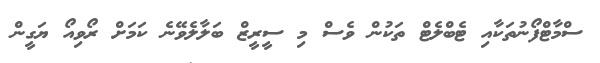
ސްމާޓްފޯނުތަކާއި ޓެބްލެޓް ތަކުން ވެސް މި ސީރީޒް ބަލާލެވޭނެ ކަމަށް ރޯވިއޯ ޔަގީން